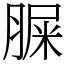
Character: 䐖